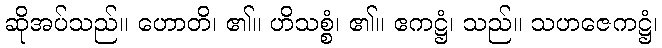
ဆိုအပ်သည်။ ဟောတိ၊ ၏။ ဟိသစ္စံ၊ ၏။ ဧကဋ္ဌံ၊ သည်။ သဟဇေကဋ္ဌံ၊